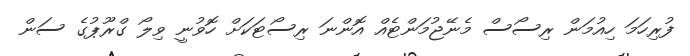
ފުރިހަމަ ހިއުމަން ރިސޯސް މެނޭޖުމަންޓެއް އޮންނަ ރިސޯޓަކަށް ހޮވުނީ ވިލޯ ގްރޫޕުގެ ސަން